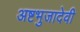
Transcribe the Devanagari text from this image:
अष्टभुजादेवी